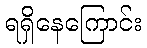
ရရှိနေကြောင်း